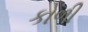
કોળી